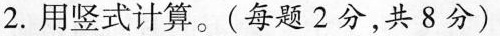
2.用竖式计算。(每题2分，共8分)